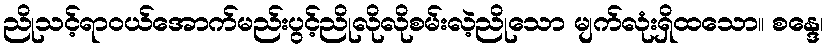
ညိုသင့်ရာဝယ်အောက်မည်းပွင့်ညိုလိုလိုစမ်းလဲ့ညိုသော မျက်လုံးရှိထသော။ စန္ဒေ၊